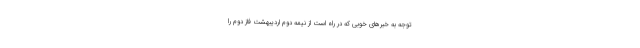
توجه به خبر‌های خوبی که در راه است از نیمه دوم اردیبهشت فاز دوم را